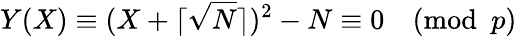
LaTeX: Y(X)\equiv(X+\lceil{\sqrt{N}}\rceil)^{2}-N\equiv 0{\pmod{p}}